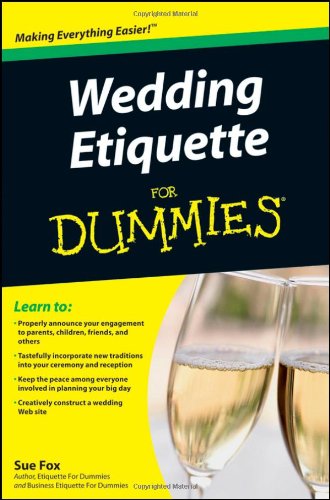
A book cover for Wedding Etiquette For Dummies; Sue Fox; Crafts, Hobbies & Home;